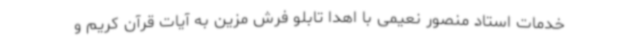
خدمات استاد منصور نعیمی با اهدا تابلو فرش مزین به آیات قرآن کریم و